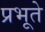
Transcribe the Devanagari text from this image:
प्रभूते